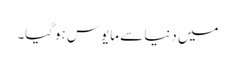
میں دنیا سے مایوس ہوگیا۔